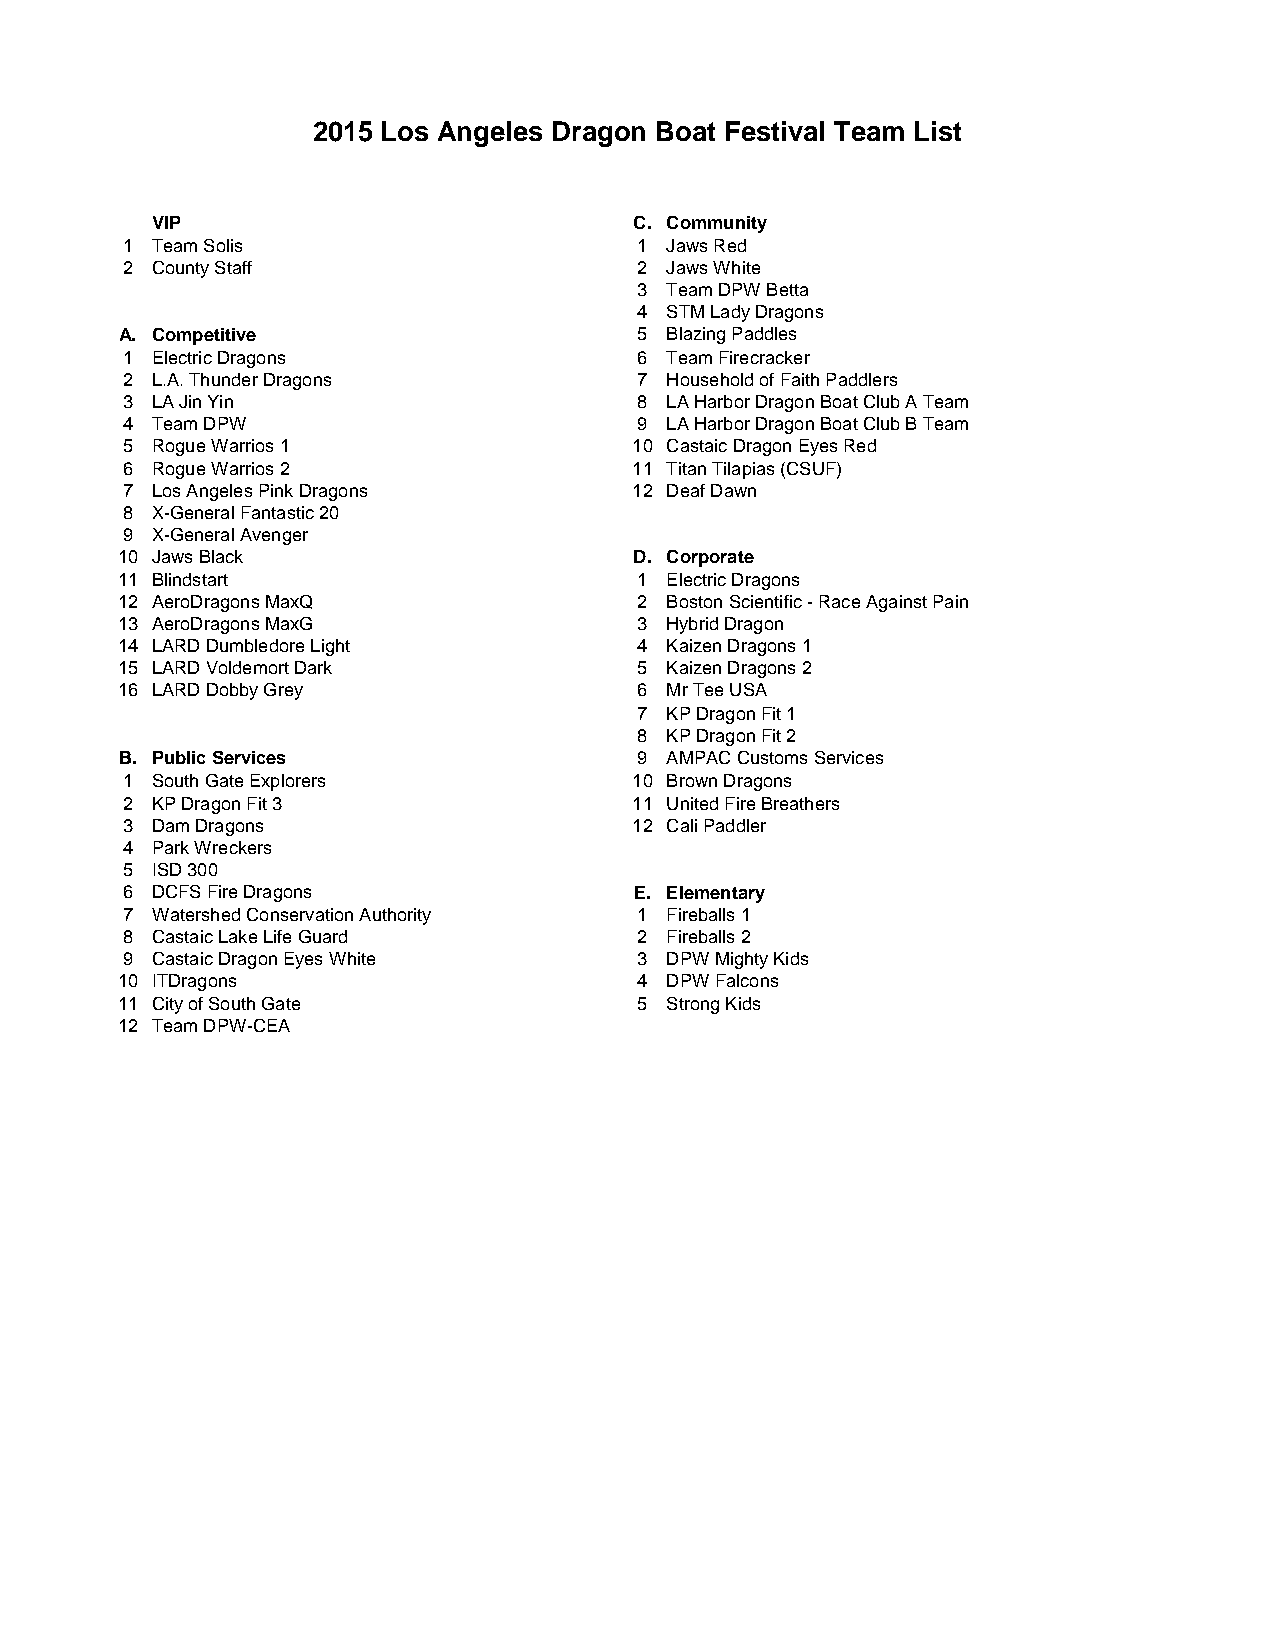
2015 Los Angeles Dragon Boat Festival Team List
 VIP                             C. Community
 1 Team Solis                      1 Jaws Red
 2 County Staff                    2 Jaws White
 3 Team DPW Betta
 4 STM Lady Dragons
 A. Competitive                    5 Blazing Paddles
 1 Electric Dragons                6 Team Firecracker
 2 L.A. Thunder Dragons            7 Household of Faith Paddlers
 3 LA Jin Yin                      8 LA Harbor Dragon Boat Club A Team
 4 Team DPW                        9 LA Harbor Dragon Boat Club B Team
 5 Rogue Warrios 1                 10 Castaic Dragon Eyes Red
 6 Rogue Warrios 2                 11 Titan Tilapias (CSUF)
 7 Los Angeles Pink Dragons        12 Deaf Dawn
 8 X-General Fantastic 20
 9 X-General Avenger
 10 Jaws Black                     D. Corporate
 11 Blindstart                     1 Electric Dragons
 12 AeroDragons MaxQ               2 Boston Scientific - Race Against Pain
 13 AeroDragons MaxG               3 Hybrid Dragon
 14 LARD Dumbledore Light          4 Kaizen Dragons 1
 15 LARD Voldemort Dark            5 Kaizen Dragons 2
 16 LARD Dobby Grey                6 Mr Tee USA
 7 KP Dragon Fit 1
 8 KP Dragon Fit 2
 B. Public Services                9 AMPAC Customs Services
 1 South Gate Explorers            10 Brown Dragons
 2 KP Dragon Fit 3                 11 United Fire Breathers
 3 Dam Dragons                     12 Cali Paddler
 4 Park Wreckers
 5 ISD 300
 6 DCFS Fire Dragons               E. Elementary
 7 Watershed Conservation Authority 1 Fireballs 1
 8 Castaic Lake Life Guard         2 Fireballs 2
 9 Castaic Dragon Eyes White       3 DPW Mighty Kids
 10 ITDragons                      4 DPW Falcons
 11 City of South Gate             5 Strong Kids
 12 Team DPW-CEA